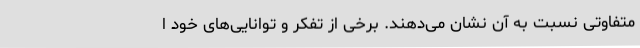
متفاوتی نسبت به آن نشان می‌دهند. برخی از تفکر و توانایی‌های خود ا